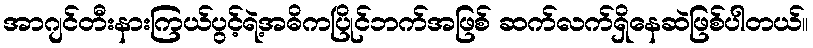
အာဂျင်တီးနားကြယ်ပွင့်ရဲ့အဓိကပြိုင်ဘက်အဖြစ် ဆက်လက်ရှိနေဆဲဖြစ်ပါတယ်။